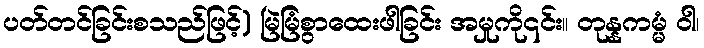
ပတ်တင်ခြင်းစသည်ဖြင့်) မြဲမြံစွာထေးဖါခြင်း အမှုကို၎င်း။ တုန္နကမ္မံ ဝါ၊